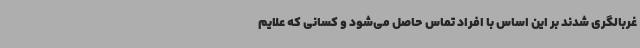
غربالگری شدند بر این اساس با افراد تماس حاصل می‌شود و کسانی که علایم